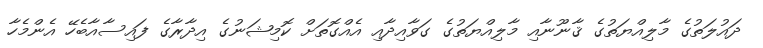
ދައުލަތުގެ މާލިއްޔަތުގެ ޤާނޫނާއި މާލިއްޔަތުގެ ގަވާއިދާއި އެއްގޮތަށް ކޮމިޝަނުގެ އިދާރާގެ ފައިސާއާބެހޭ އެންމެހާ